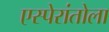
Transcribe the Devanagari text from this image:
एस्पेरांतोला